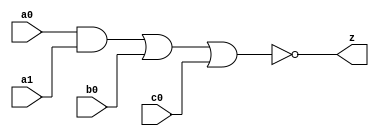
//#############################################################################
//# Function: And-Or-Inverter (aoi211) Gate                                   #
//# Copyright: OH Project Authors. ALl rights Reserved.                       #
//# License:  MIT (see LICENSE file in OH repository)                         #
//#############################################################################

module asic_aoi211 #(parameter PROP = "DEFAULT")  (
   input  a0,
   input  a1,
   input  b0,
   input  c0,
   output z
   );

   assign z = ~((a0 & a1) | b0 | c0);

endmodule